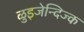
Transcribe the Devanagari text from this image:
ळुइजेन्दिज्क